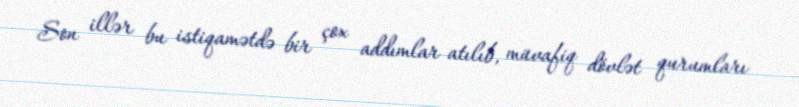
Son illər bu istiqamətdə bir çox addımlar atılıb, müvafiq dövlət qurumları